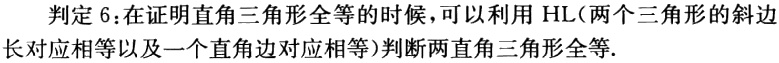
判定6：在证明直角三角形全等的时候，可以利用 HL（两个三角形的斜边长对应相等以及一个直角边对应相等）判断两直角三角形全等.